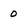
Character: 0